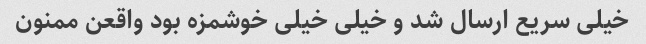
خیلی سریع ارسال شد و خیلی خیلی خوشمزه بود واقعن ممنون